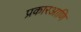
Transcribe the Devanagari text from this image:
प्रकारआणि